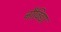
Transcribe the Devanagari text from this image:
नौविद्या